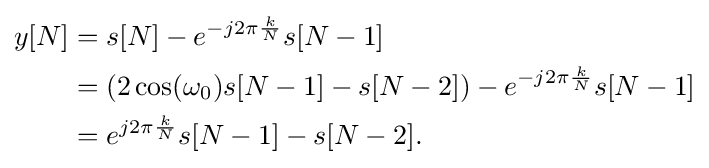
{\begin{aligned}y[N]&=s[N]-e^{-j2\pi {\frac {k}{N}}}s[N-1]\\&=(2\cos(\omega _{0})s[N-1]-s[N-2])-e^{-j2\pi {\frac {k}{N}}}s[N-1]\\&=e^{j2\pi {\frac {k}{N}}}s[N-1]-s[N-2].\end{aligned}}